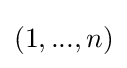
(1,...,n)